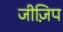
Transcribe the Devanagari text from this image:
जीज़िप